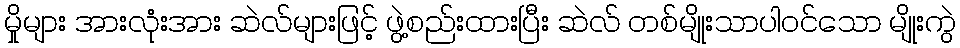
မှိုများ အားလုံးအား ဆဲလ်များဖြင့် ဖွဲ့စည်းထားပြီး ဆဲလ် တစ်မျိုးသာပါဝင်သော မျိုးကွဲ